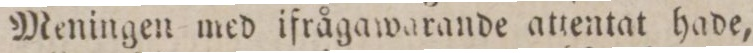
Meningen med ifrågawarande attentat hade,